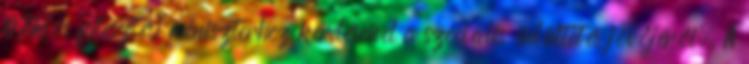
Miklós fejlesztési miniszterhez kérdéseivel a szociális üdültetés jövőjéről. A